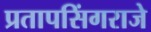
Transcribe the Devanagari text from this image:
प्रतापसिंगराजे